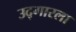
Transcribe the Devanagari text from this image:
उद्गारला